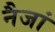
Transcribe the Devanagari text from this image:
नैजां